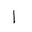
Letter: _alif